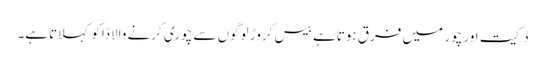
ڈکیت اور چور میں فرق ہوتاہے بیس کروڑ لوگوں سے چوری کرنے والا ڈاکو کہلاتاہے۔